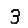
Digit: 3